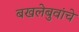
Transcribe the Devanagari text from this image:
बखलेबुवांचे